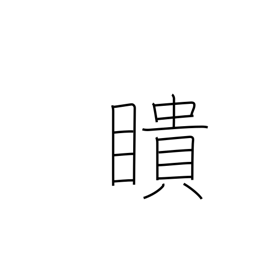
Meaning: see everything